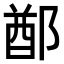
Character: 𨜟